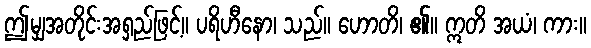
ဤမျှအတိုင်းအရှည်ဖြင့်။ ပရိဟီနော၊ သည်။ ဟောတိ၊ ၏။ ဣတိ အယံ၊ ကား။